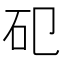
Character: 𥐗